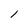
Character: l